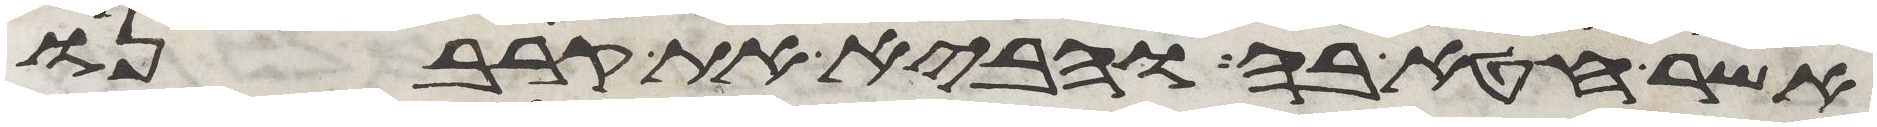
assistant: אשר חטא בה והביא את קרבנו